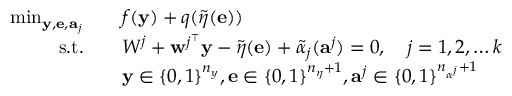
\begin{array} { r l } { \operatorname* { m i n } _ { \mathbf { y } , \mathbf { e } , \mathbf { a } _ { j } } } & { \quad f ( \mathbf { y } ) + q ( \widetilde { \eta } ( \mathbf { e } ) ) } \\ { \mathrm { s . t . } } & { \quad W ^ { j } + \mathbf { w } ^ { j ^ { \intercal } } \mathbf { y } - \widetilde { \eta } ( \mathbf { e } ) + \widetilde { \alpha } _ { j } ( \mathbf { a } ^ { j } ) = 0 , \quad j = 1 , 2 , \dots k } \\ & { \quad \mathbf { y } \in \{ 0 , 1 \} ^ { n _ { y } } , \mathbf { e } \in \{ 0 , 1 \} ^ { n _ { \eta } + 1 } , \mathbf { a } ^ { j } \in \{ 0 , 1 \} ^ { n _ { \alpha ^ { j } } + 1 } } \end{array}